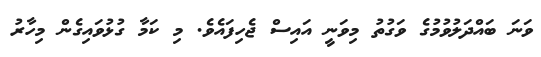
ވަނަ ބައްދަލުވުމުގެ ވަގުތު މިވަނީ އައިސް ޖެހިފައެވެ. މި ކަމާ ގުޅުވައިގެން މިހާރު